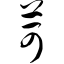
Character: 苛